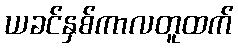
ယခင်နှစ်ကာလတူထက်